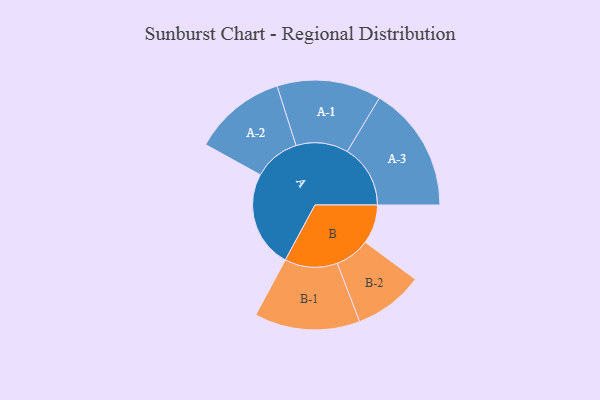
{"axis": {"x": "Segment", "y": "Value"}, "legend": ["", "A", "B"], "data": [{"x": "A", "y": 459, "type": ""}, {"x": "B", "y": 185, "type": ""}, {"x": "A-1", "y": 247, "type": "A"}, {"x": "A-2", "y": 220, "type": "A"}, {"x": "A-3", "y": 299, "type": "A"}, {"x": "B-1", "y": 250, "type": "B"}, {"x": "B-2", "y": 165, "type": "B"}]}